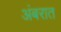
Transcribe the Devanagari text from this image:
अंबरात